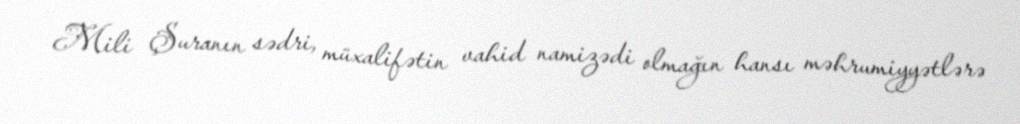
Mili Şuranın sədri, müxalifətin vahid namizədi olmağın hansı məhrumiyyətlərə